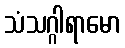
သံသဂ္ဂါရာမော